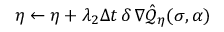
\boldsymbol { \eta } \gets \boldsymbol { \eta } + \lambda _ { 2 } \Delta t \, \delta \, \nabla \hat { \mathcal { Q } } _ { \boldsymbol { \eta } } ( \sigma , \alpha )